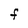
Character: F